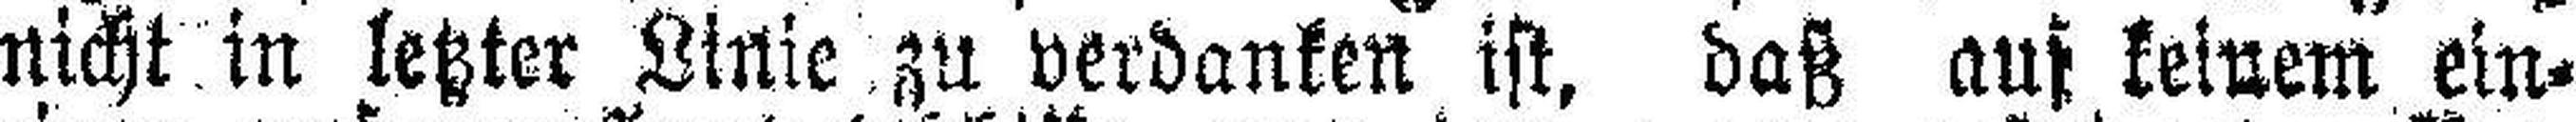
nicht in letzter Linie zu verdanken ist, daß auf keinem ein¬